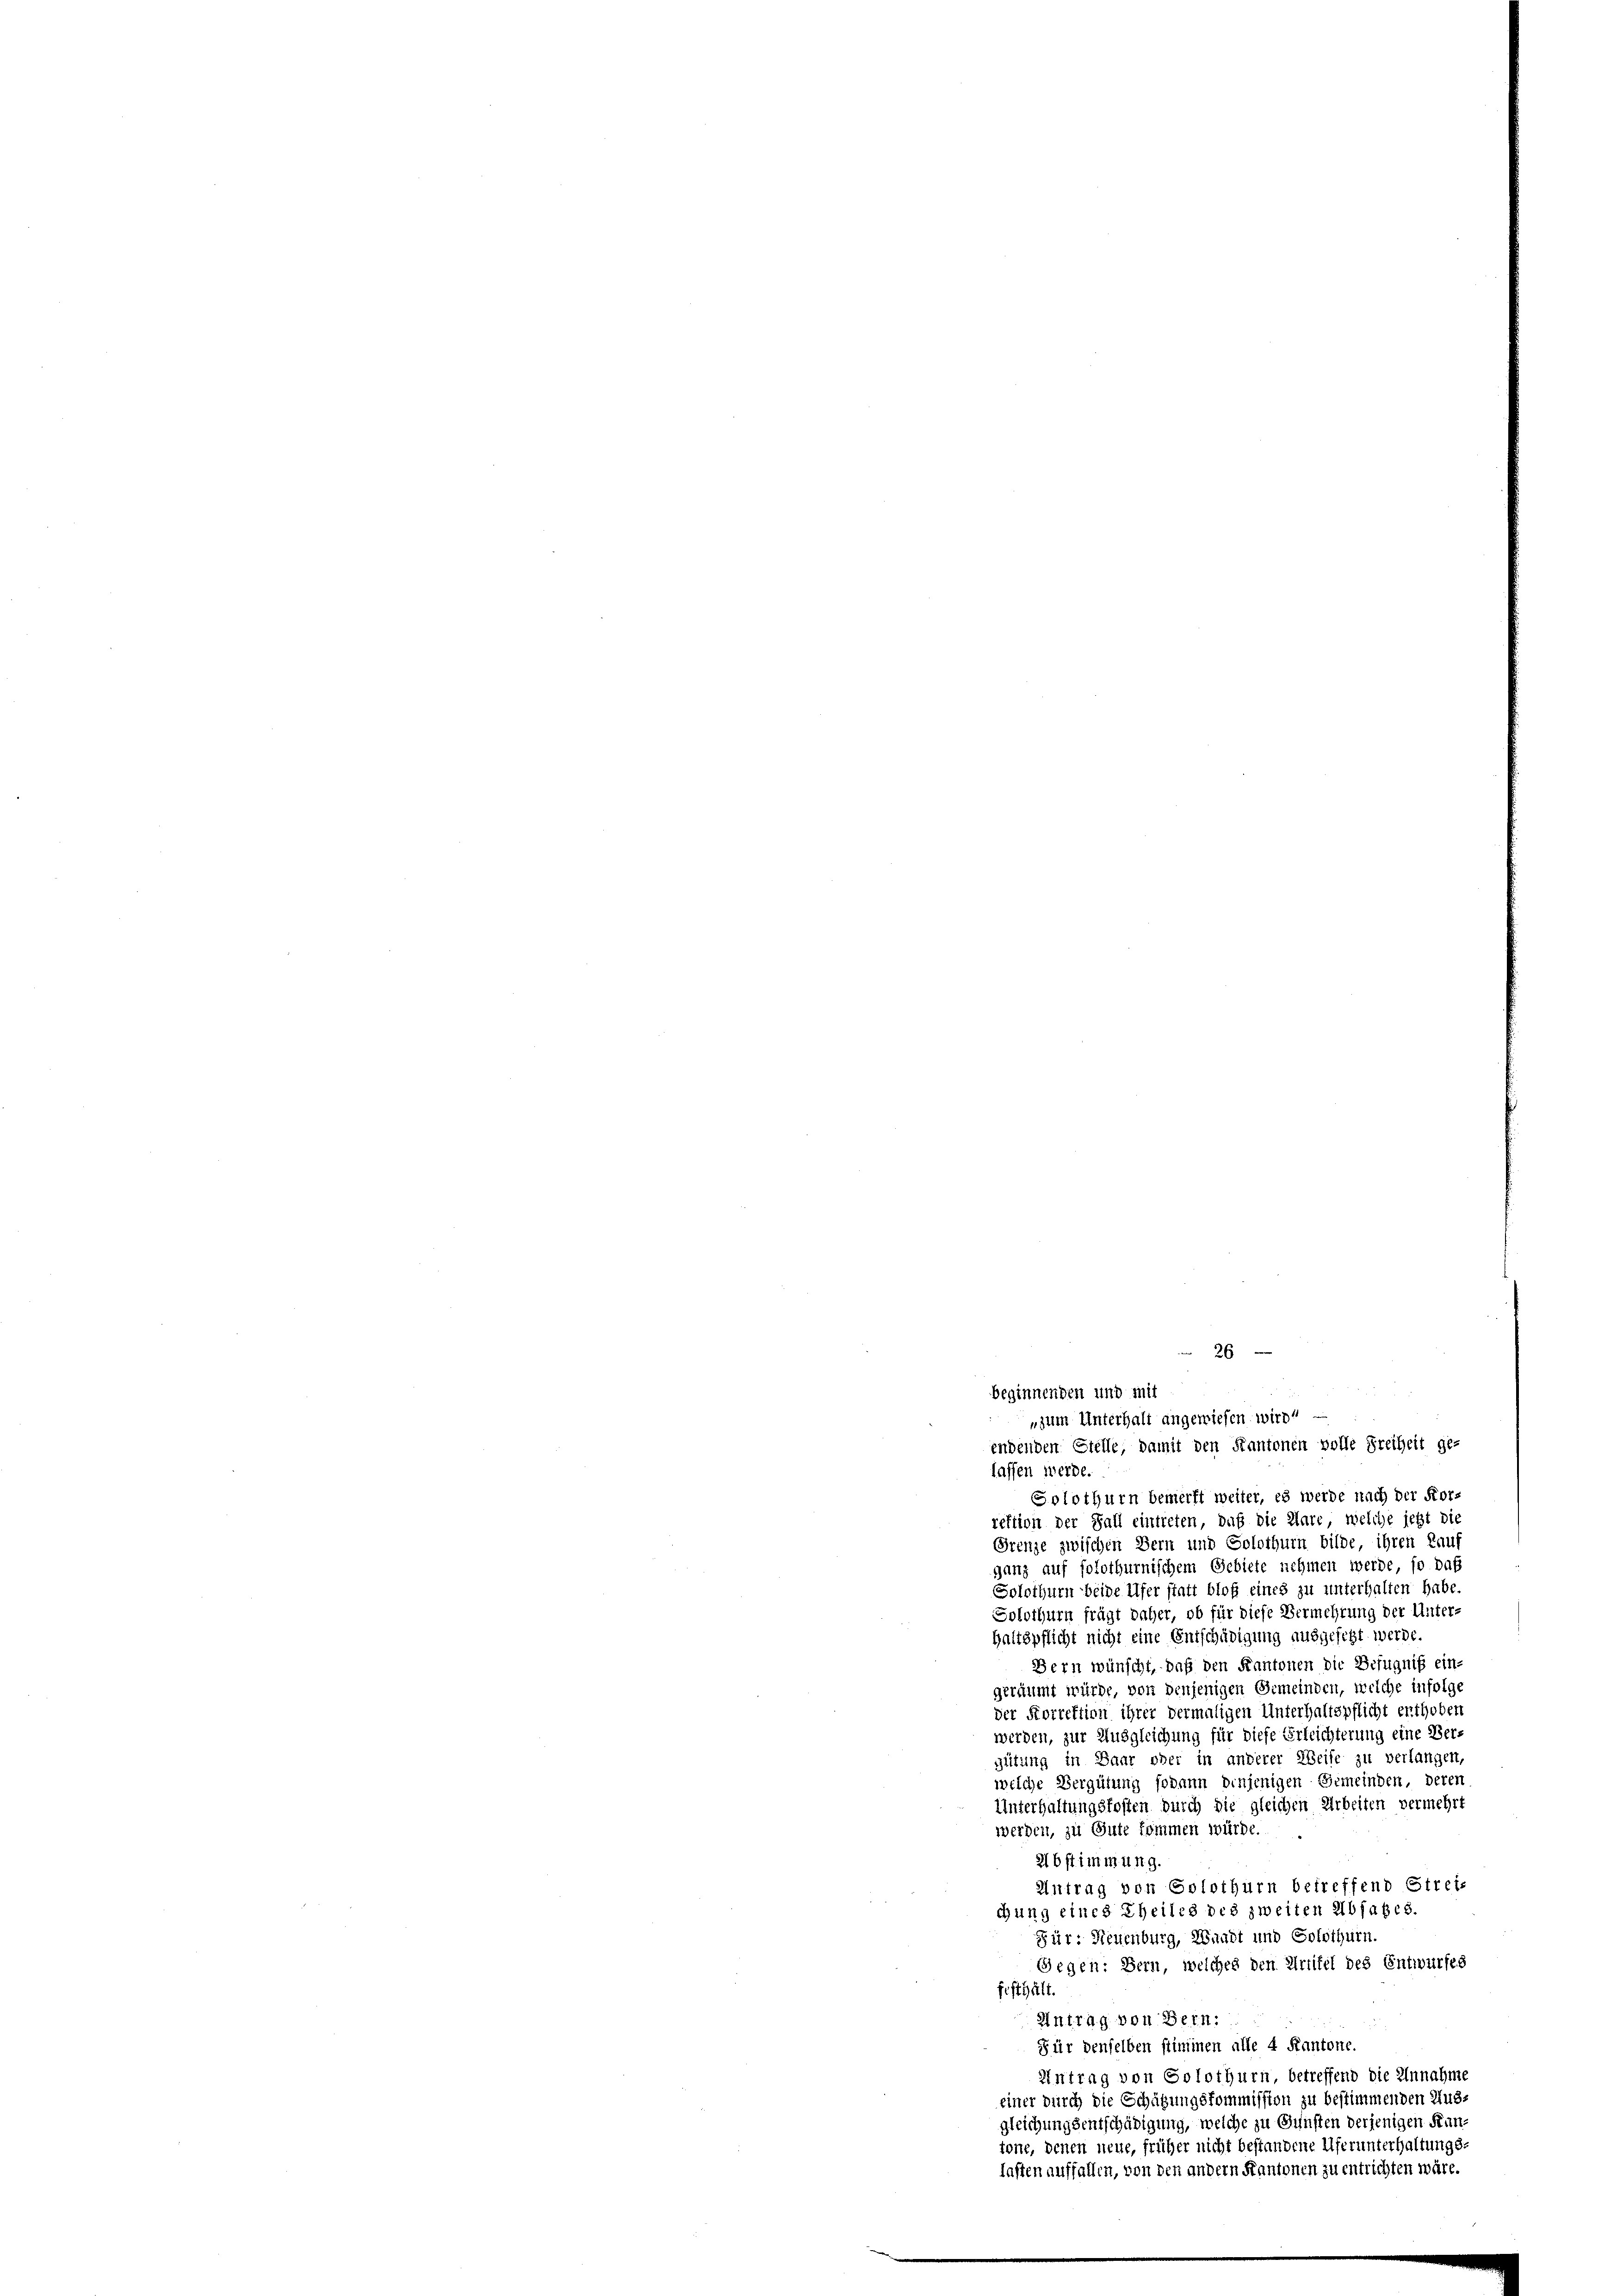
beginnenden und mit
lassen werde.
Solothurn bemerkt weiter, es werde nach der Kor-
rektion der Fall eintreten, daß die Klare, welche jetzt die
Grenze zwischen Bern und Solothurn bilde, ihren Kauf
ganz auf solothurnischem Gebiete nehmen werde, so daß
Solothurn beide Ufer statt bloß eines zu unterhalten habe.
Solothurn frägt daher, ob für diese Vermehrung der Unter-
haltspflicht nicht eine Entschädigung ausgesetzt werde.
Bern wünscht, daß den Kantonen die Befugniß ein-
geräumt würde, von denjenigen Gemeinden, welche infolge
der Sorrektion ihrer vermaligen Unterhaltspflicht enthoben
werden, zur Ausgleichung für diese Erleichterung eine Vergütung in Baar ober in anderer Weise zu verlangen,
welche Vergütung sodann diejenigen Gemeinden, deren
Unterhaltungskosten durch die gleichen Arbeiten vermehrt
werden, zu Gute kommen würde.
Abstimmung.
Antrag von Solothurn betreffend Strei-
chung eines Theiles des zweiten Absatzes.
Für: Neuenburg, Waadt und Solothurn.
Gegen: Bern, welches den Artitel des Entwurfes
festhält.
Antrag von Bern:
Für denselben stimmen alle 4 Kantone.
Antrag von Solothurn, betreffend die Einnahme
einer durch die Schätzungskommission zu bestimmenden Aus-
gleichungsentschädigung, welche zu Gunsten derjenigen Kantone, denen neue, früher nicht bestandene Uferunterhaltungs-
lasten auffallen, von den andern Kantonen zu entrichten wäre.

26
„zum Unterhalt angewiesen wird“
endenden Stelle, damit den Kantonen volle Freiheit ge-